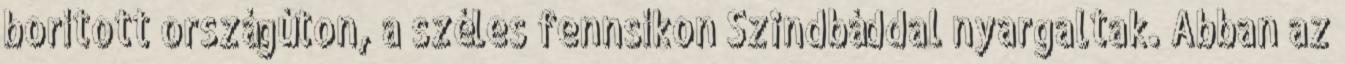
borított országúton, a széles fennsíkon Szindbáddal nyargaltak. Abban az